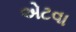
એટવા